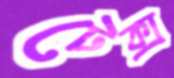
টেক্স